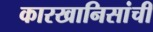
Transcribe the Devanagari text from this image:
कारखानिसांची